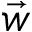
\vec { w }